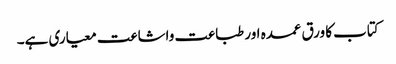
کتاب کا ورق عمدہ اور طباعت واشاعت معیاری ہے۔